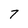
Character: 7